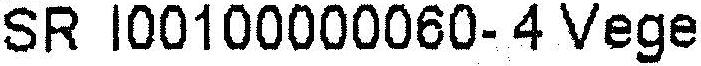
SR I00100000060- 4 VEGE